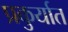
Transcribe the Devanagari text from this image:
प्रकुर्यात